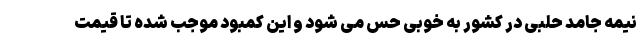
نیمه جامد حلبی در کشور به خوبی حس می شود و این کمبود موجب شده تا قیمت